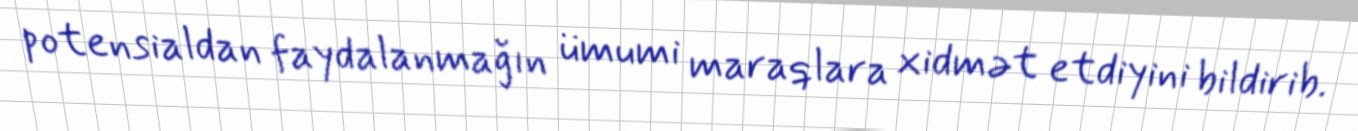
potensialdan faydalanmağın ümumi maraqlara xidmət etdiyini bildirib.